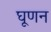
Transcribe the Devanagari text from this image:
घूणन